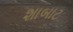
શાબાટ